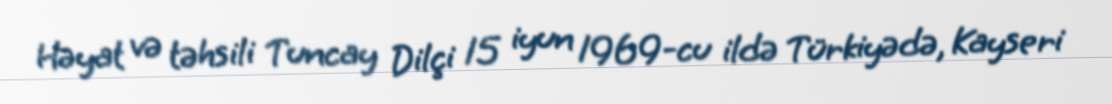
Həyat və təhsili Tuncay Dilçi 15 iyun 1969-cu ildə Türkiyədə, Kayseri